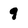
Character: 9